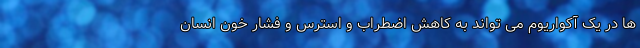
ها در یک آکواریوم می تواند به کاهش اضطراب و استرس و فشار خون انسان